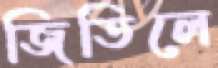
জিতিলে